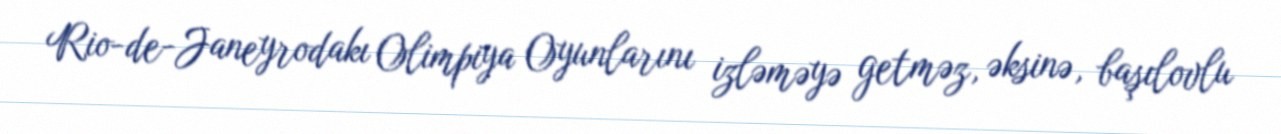
Rio-de-Janeyrodakı Olimpiya Oyunlarını izləməyə getməz, əksinə, başılovlu